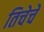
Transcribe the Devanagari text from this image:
तिचेचे